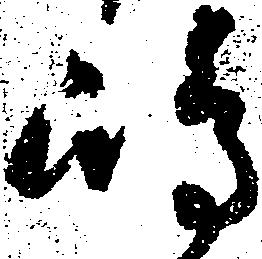
嶋